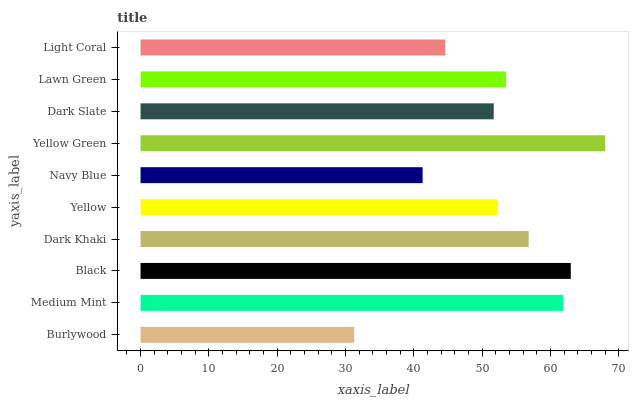
| yaxis_label | bars |
 | --- | --- |
 | Burlywood | 31.3 |
 | Medium Mint | 61.8 |
 | Black | 63 |
 | Dark Khaki | 56.8 |
 | Yellow | 52.2 |
 | Navy Blue | 41.3 |
 | Yellow Green | 68 |
 | Dark Slate | 51.7 |
 | Lawn Green | 53.5 |
 | Light Coral | 44.6 |